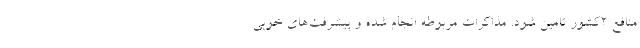
منافع 2کشور تامین شود. مذاکرات مربوطه انجام شده و پیشرفت‌های خوبی